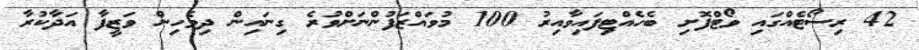
42 ރިސޯޓެއްގައި ވޯޓްފޮށި ބެހެއްޓިފައިވާއިރު 100 މުވައްޒަފުންނަށްވުރެ ގިނައިން ދިވެހިން ވަޒީފާ އަދާކުރާ